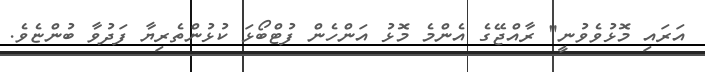
އަރައި މޮޅުވެވުނީ" ރާއްޖޭގެ އެންމެ މޮޅު އަންހެން ފުޓްބޯޅަ ކުޅުންތެރިޔާ ފަދުވާ ބުންޏެވެ.